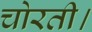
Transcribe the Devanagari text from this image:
चोरती।